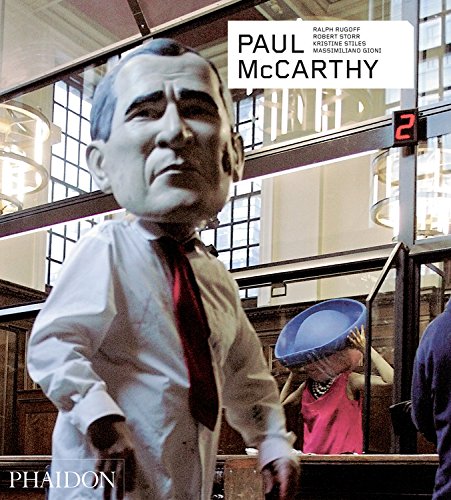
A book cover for Paul McCarthy - Revised and Expanded Edition (Contemporary Artists Series); Arts & Photography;